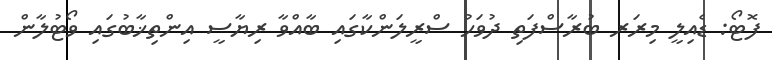
ފޮޓޯ: ޑެއިލީ މިރަރ ބުރާސްފަތި ދުވަހު ސްރީލަންކާގައި ބާއްވާ ރިޔާސީ އިންތިޚާބުގައި ވޯޓުލާން